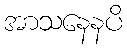
အာသနေနပိ